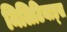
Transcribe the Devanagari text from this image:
मिलिटियाड्स